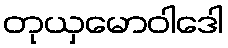
တုယှမောဝါဒေါ